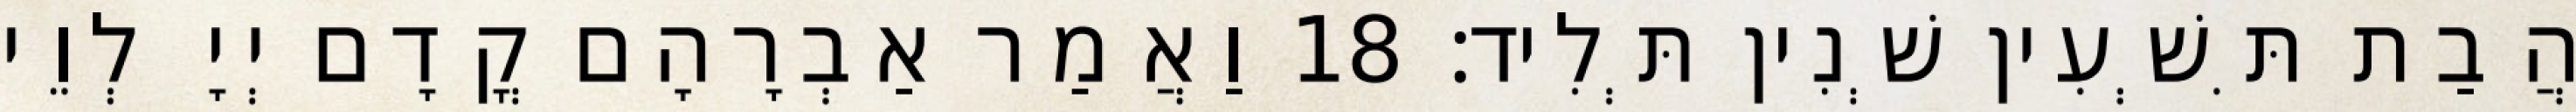
הֲבַת תִּשְׁעִין שְׁנִין תְּלִיד׃ 18 וַאֲמַר אַבְרָהָם קֳדָם יְיָ לְוֵי